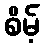
စိမ့်